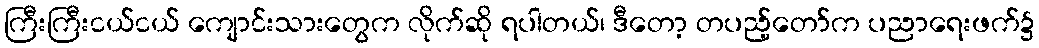
ကြီးကြီးငယ်ငယ် ကျောင်းသားတွေက လိုက်ဆို ရပါတယ်၊ ဒီတော့ တပည့်တော်က ပညာရေးဖက်၌